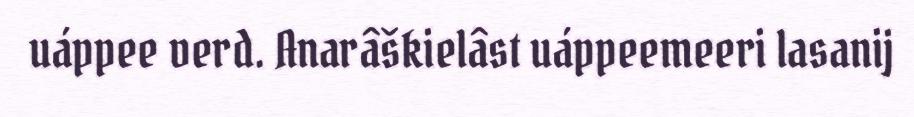
uáppee verd. Anarâškielâst uáppeemeeri lasanij